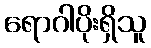
ရောဂါပိုးရှိသူ